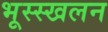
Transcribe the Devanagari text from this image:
भूस्स्खलन